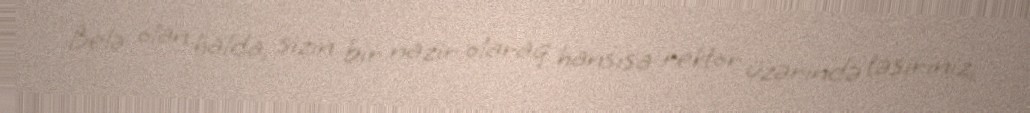
Belə olan halda, sizin bir nazir olaraq hansısa rektor üzərində təsiriniz,